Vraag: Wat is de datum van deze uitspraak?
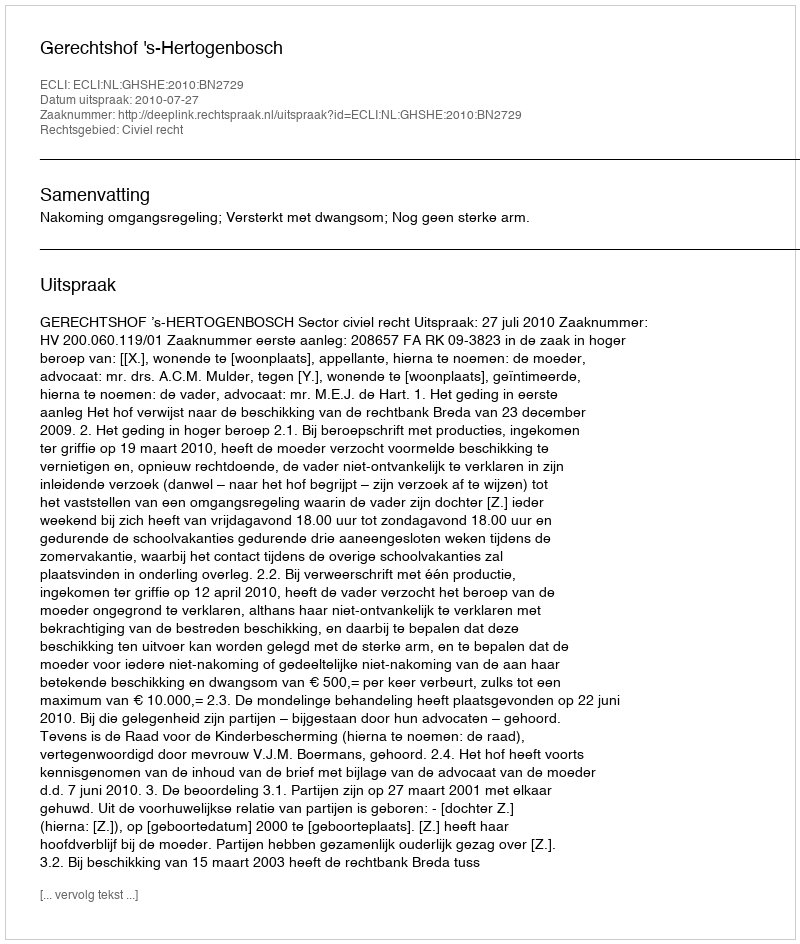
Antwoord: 2010-07-27